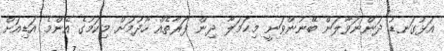
އަޅުގަނޑު ދަންނަވާލަން ބޭނުންވަނީ މިޙަމަލާ ދިން ފަރާތެއް ހޯދުމަށް މިކަމުގެ އެންމެ އަޑިއަށް